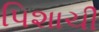
પિશાચી